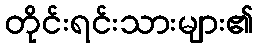
တိုင်းရင်းသားများ၏